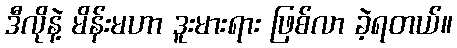
ဒီလိုနဲ့ မိန်းမဟာ ဒူးမားရား ဖြစ်လာ ခဲ့ရတယ်။